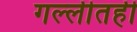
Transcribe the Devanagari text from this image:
गल्लीतही